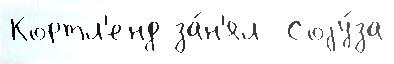
Кортл'енд за́н'ял  Соjу́за